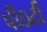
પીઇટી